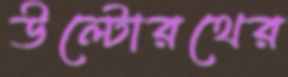
উল্টোরথের